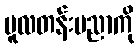
မူလတန်းပညာကို